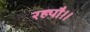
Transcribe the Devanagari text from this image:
रह्यौ।।